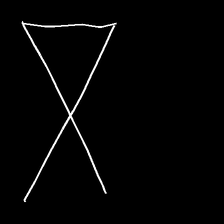
Glyph: collection